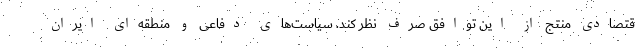
قتصادی منتج از این توافق صرف نظر کند. سیاست‌های دفاعی و منطقه‌ای ایران